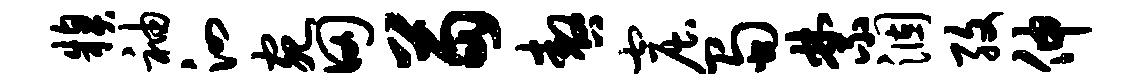
糗袖泗宛田苗嗷窟蜀禁涸孜伸